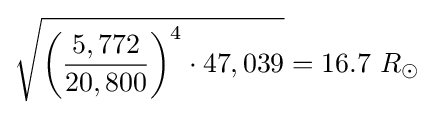
{\sqrt {{\biggl (}{\frac {5,772}{20,800}}{\biggr )}^{4}\cdot 47,039}}=16.7\ R_{\odot }